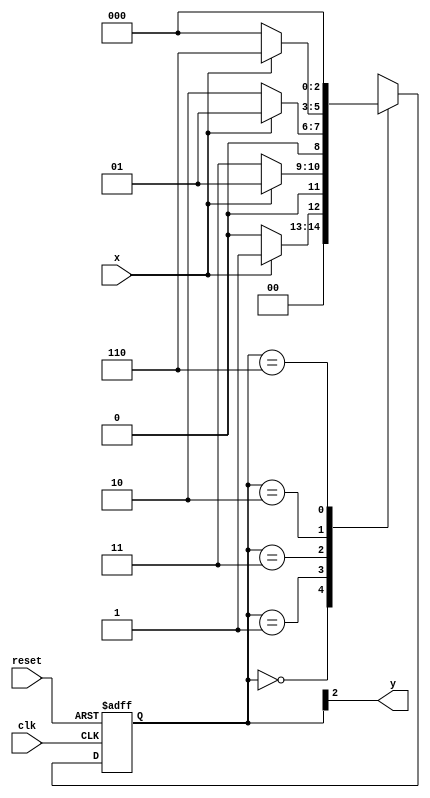
// -------------------------
// Moore1001  - 
// Nome: Rodrigo Arruda de Assis 
// --------------------------- 



// -------------- 
// --- Moore FSM 
// -------------- 
 


// constant definition 
	`define found 1 
	`define notfound 0 

// FSM by Moore 
	module moore1001 ( y, x, clk, reset ); 
	output y; 
	input x; 
	input clk; 
	input reset; 

	reg y; 

parameter // state identifiers 
	start = 3'b000, 
	id1 = 3'b001, 
	id11 = 3'b011, 
	id110 = 3'b010, 
	id1101 = 3'b110; // signal found 
	
	reg [2:0] E1; // current state variables 
	reg [2:0] E2; // next state logic output 

// next state logic 
	always @( x or E1 ) 
	begin 
	 case( E1 ) 
	  start: 
		if ( x ) 
		 E2 = id1; 
		else 
		 E2 = start; 
	  id1: 	
		if ( x ) 
		 E2 = id1; 
		else 
		 E2 = id11; 
	   id11: 
		if ( x ) 
		 E2 = id1; 
		else 
		 E2 = id110; 
	  id110: 
		if ( x ) 
		 E2 = id1101; 
		else 
		 E2 = start; 
	  id1101: 
		if ( x ) 
		 E2 = start; 
		else 
		 E2 = start; 
	default: // undefined statee 
		 E2 = 3'bxxx; 
	endcase 
end // always at signal or state changing 


// state variables 
	always @( posedge clk or negedge reset ) 
	begin 
	if ( reset ) 
	 E1 = E2; // updates current state 
	else 
	 E1 = 0; // reset 
end // always at signal changing 

// output logic 
	always @( E1 ) 
	begin 
	 y = E1[2]; // first bit of state value 
	end // always at state changing 
endmodule // moore1001